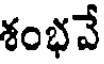
శంభవే